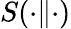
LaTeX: S(\cdot\| \cdot)